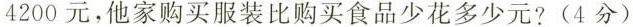
4200元，他家购买服装比购买食品少花多少元?(4分)